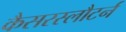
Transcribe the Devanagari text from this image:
कैसरस्लौटर्न